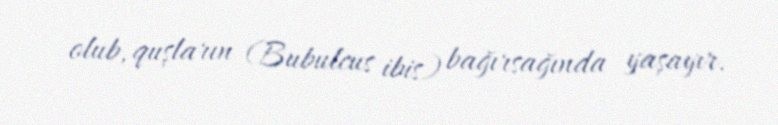
olub, quşların (Bubulcus ibis) bağırsağında yaşayır.